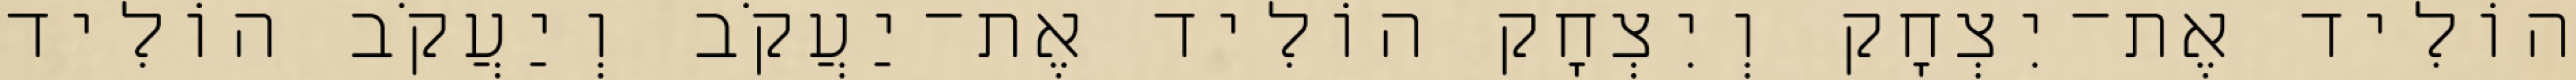
הוֹלִיד אֶת־יִצְחָק וְיִצְחָק הוֹלִיד אֶת־יַעֲקֹב וְיַעֲקֹב הוֹלִיד